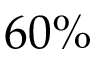
6 0 \%